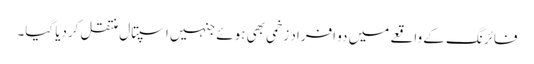
فائرنگ کے واقعے میں دو افراد زخمی بھی ہوئے جنہیں اسپتال منتقل کردیا گیا۔